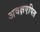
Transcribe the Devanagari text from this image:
अवक्षएपित